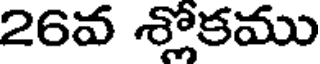
26వ శ్లోకము